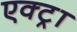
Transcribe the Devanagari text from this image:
एक्ट्रा